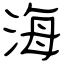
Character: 海